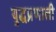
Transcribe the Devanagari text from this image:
युद्धप्रणाली